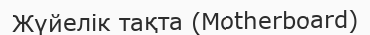
Жүйелік тақта (Motherboard)